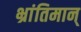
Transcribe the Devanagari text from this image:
भ्रांतिमान्